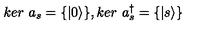
k e r \ a _ { s } = \{ | 0 \rangle \} , k e r \ a _ { s } ^ { \dagger } = \{ | s \rangle \}